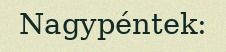
Nagypéntek: